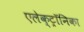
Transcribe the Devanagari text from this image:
एलेक्ट्रॉनिका